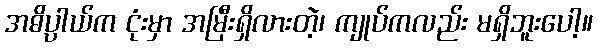
အဓိပ္ပါယ်က ငုံးမှာ အမြီးရှိလားတဲ့၊ ကျုပ်ကလည်း မရှိဘူးပေါ့။